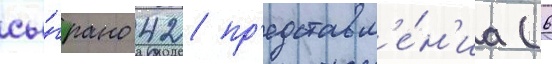
сы́грано 42 пр'едставл'е́н'иа (6